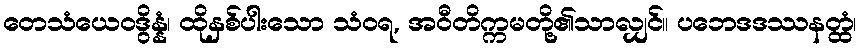
တေသံယေဝဒွိန္နံ၊ ထိုနှစ်ပါးသော သံဝရ, အဝီတိက္ကမတို့၏သာလျှင်။ ပဘေဒဒဿနတ္ထံ၊